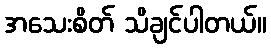
အသေးစိတ် သိချင်ပါတယ်။